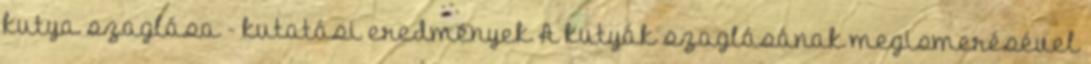
kutya szaglása - kutatási eredmények A kutyák szaglásának megismerésével